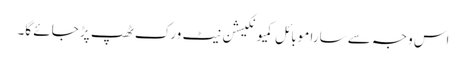
اس وجہ سے سارا موبائل کمیونکیشن نیٹ ورک ٹھپ پڑ جائے گا۔